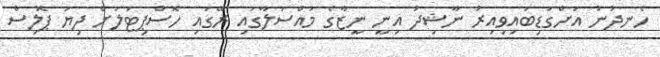
ހެނދުނު އަށްގަޑިބައިވިއިރު ނާޝިދު އިނީ ނީޒާގެ މައްސަލާގައި ރޭގައި ހޮސްޕިޓަލަށް ދިޔަ ޕޮލިސް